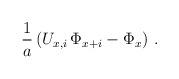
LaTeX: \begin{align*}{1 \over a} \left( U_{x,i} \,\Phi_{x+i} - \Phi_x \right) \,.\end{align*}